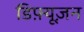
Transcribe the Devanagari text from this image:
डिफ़्यूज़न